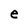
Character: e